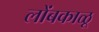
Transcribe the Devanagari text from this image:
लोंबकाळू